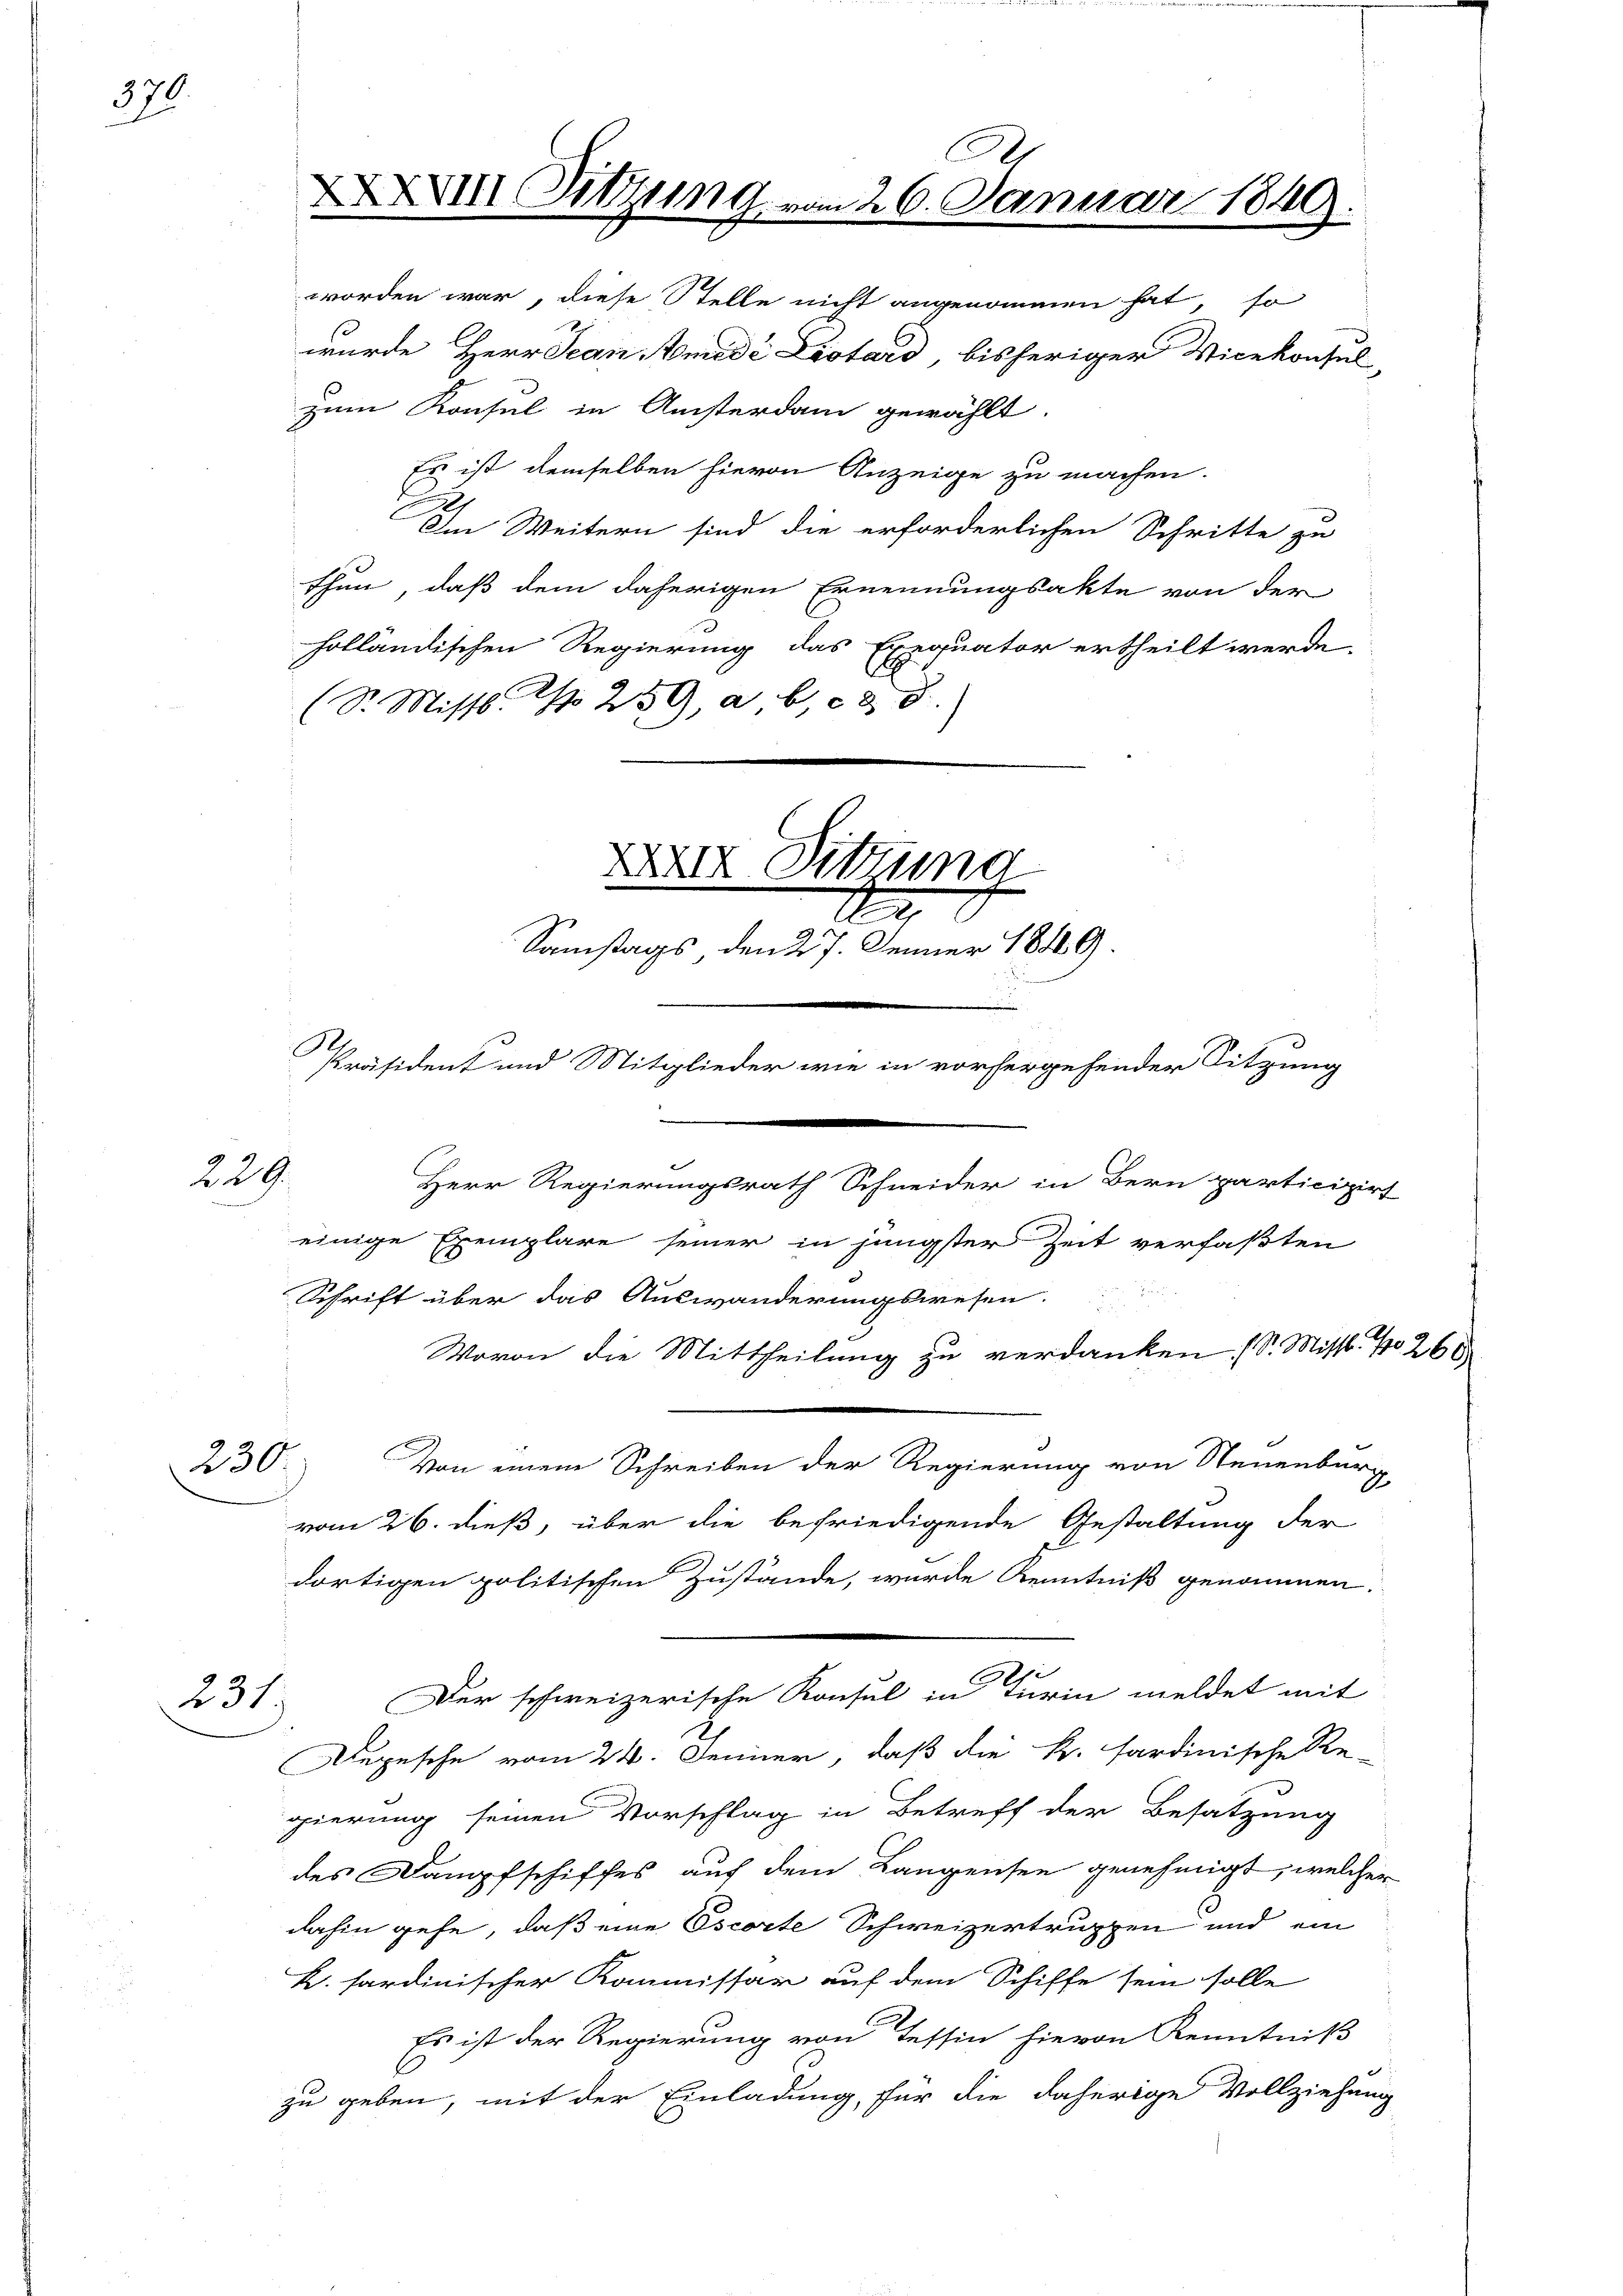
379.

229.

231

XIII Sitzung vom 26. Januar 1849

worden war, diese Stelle nicht angenommen hat, so
wurde Herr Jean Aemide Listard, bisheriger Vicekonsul-
zum Konsul in Ansterdam gewählt.
Es ist demselben hievon Anzeige zu machen.
Im Weitern sind die erforderlichen Schritte zu
thun, daß dem daherigen Ernennungsakte von der
holländischen Regierung das Exequator ertheilt werde.
(S. Missb. S. 259, a b, c & 8.
XXIX Sitzung
r
Samstags, den 27. Jenner 1849.

e
Präsident und Mitglieder wie in vorhergehender Sitzung

Herr Regierungsrath Schneider in Bern participirt
einige Exemplare seiner in jüngster Zeit verfaßten
Schrift über das Auswanderungswesen.
Wovon die Mittheilung zu verdanken (S. Miss. No 260
230. Von einem Schreiben der Regierung von Steuenburg,
vom 26. dieß, über die befriedigende Gestaltung der
dortigen politischen Zustände, wurde Kenntniß genommen.
3
Der schweizerische Konsul in Turin meldet mit
Depesche vom 24. Jenner, daß die k. sardinische Re-
gierung seinen Vorschlag in Betreff der Besatzung
des Dampfschiffes auf dem Langensee genehmigt, welcher
dahin gehe, daß eine Oscorte Schweizertruppen und ein
K. fardinischer Kommissär auf dem Schiffe sein solle
Es ist der Regierung von Tessin hievon Kenntniß
zu geben, mit der Einladung, für die daherige Vollziehung